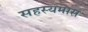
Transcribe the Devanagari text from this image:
सहस्यमास